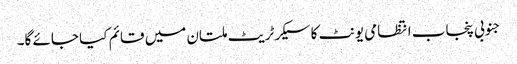
جنوبی پنجاب انتظامی یونٹ کا سیکرٹریٹ ملتان میں قائم کیا جائے گا۔